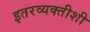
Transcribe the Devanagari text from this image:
इतरव्यक्तीशी